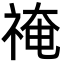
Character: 䄋